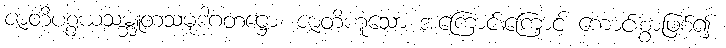
ဇာတိပစ္စယသမ္ဘူတသမုဒါဂတဋ္ဌော၊ ဇာတိဟူသော အကြောင်းကြောင့် ကောင်းစွာဖြစ်၍